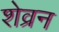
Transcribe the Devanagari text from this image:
शेव्रन